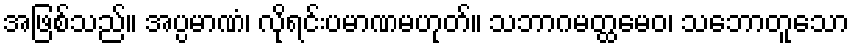
အဖြစ်သည်။ အပ္ပမာဏံ၊ လိုရင်းပမာဏမဟုတ်။ သဘာဂမတ္ထမေဝ၊ သဘောတူသော